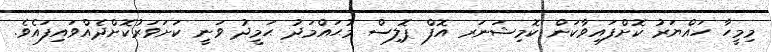
މިމީހާ ހައްޔަރު ކޮށްފައިވާކަން ކޮމިޝަނަރ އޮފް ޕޮލިސް މުޙައްމަދު ޙަމީދު ވަނީ ކަށަވަރުކޮށްދެއްވައިފައެވެ.